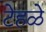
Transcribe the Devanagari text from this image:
टेहळे